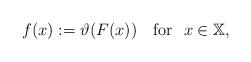
LaTeX: \begin{align*} f(x):=\vartheta(F(x))\quad{\rm for}\ \ x\in\mathbb{X}, \end{align*}